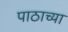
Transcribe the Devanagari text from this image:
पाठाच्या